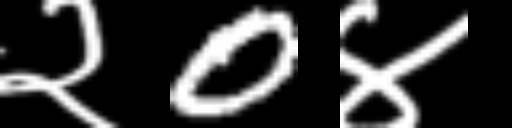
Text: २0४